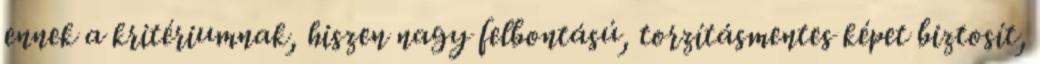
ennek a kritériumnak, hiszen nagy felbontású, torzításmentes képet biztosít,